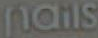
nails